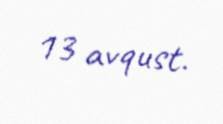
13 avqust.